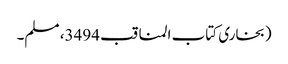
(بخاری کتاب المناقب 3494، مسلم۔